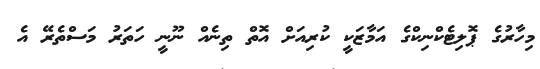
މިހާރުގެ ޕޮލިޓެކްނިކްގެ އަމާޒަކީ ކުރިއަށް އޮތް ތިނެއް ނޫނީ ހަތަރު މަސްތެރޭ އެ